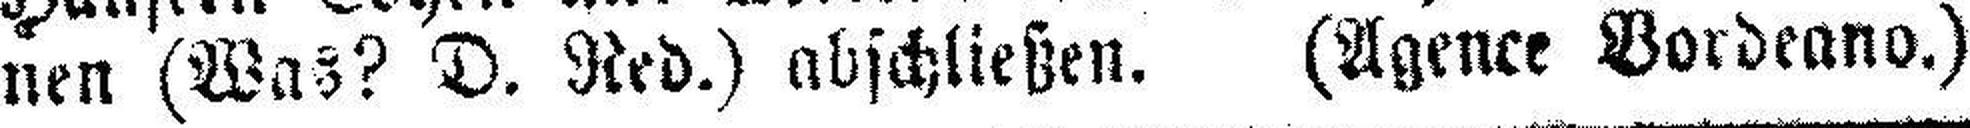
nen (Was? D. Red.) abschließen. (Agence Vordeano.)